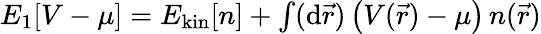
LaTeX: \begin{array}{r}{E_{1}[V-\mu]=E_{\mathrm{kin}}[n]+\int(\mathrm{d}\vec{r})\, \big(V(\vec{r})-\mu\big)\, n(\vec{r})}\end{array}